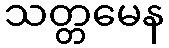
သတ္တမေန